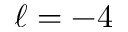
\ell = - 4